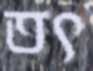
তৎ